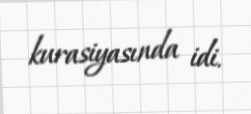
kurasiyasında idi.